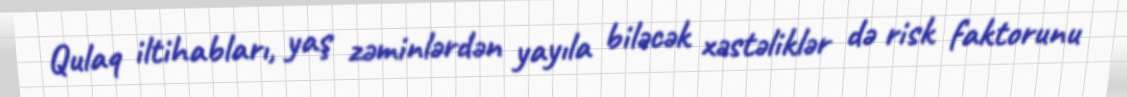
Qulaq iltihabları, yaş zəminlərdən yayıla biləcək xəstəliklər də risk faktorunu